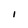
Character: I